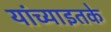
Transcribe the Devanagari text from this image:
यांच्याइतके